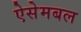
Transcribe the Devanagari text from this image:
ऐसेमबल